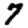
Digit: 7